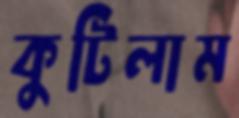
কুটিলাম